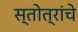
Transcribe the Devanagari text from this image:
स्तोत्रांचे